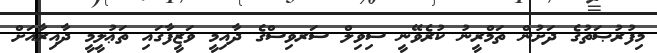
މިފުރުޞަތުގެ ދަށުން ތަމްރީނު ކުރެވޭނީ ސިވިލް ސަރވިސްގެ ދާއިމީ ވަޒީފާގައި ތަޢުލީމީ ދާއިރާއަށް